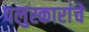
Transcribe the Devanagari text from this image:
पलुस्कारांचे